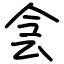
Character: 侌